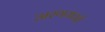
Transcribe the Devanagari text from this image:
अरणयपर्व